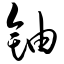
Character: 铀